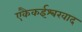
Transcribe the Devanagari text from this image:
एकैकईश्‍वरवाद